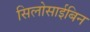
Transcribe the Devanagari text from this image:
सिलोसाईबिन